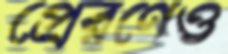
প্রেরণেও